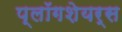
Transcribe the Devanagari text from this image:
प्लॉगशेयर्स